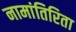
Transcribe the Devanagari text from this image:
नामांतिरिता